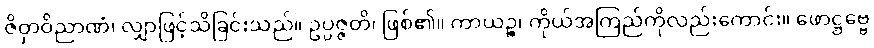
ဇိဝှာဝိညာဏံ၊ လျှာဖြင့်သိခြင်းသည်။ ဥပ္ပဇ္ဇတိ၊ ဖြစ်၏။ ကာယဉ္စ၊ ကိုယ်အကြည်ကိုလည်းကောင်း။ ဖောဋ္ဌဗ္ဗေ